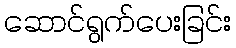
ဆောင်ရွက်ပေးခြင်း